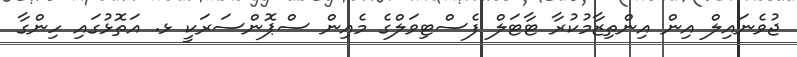
ޖުވެނައިލް އިން އިންތިޒާމުކުރާ ޓާޓަލް ފެސްޓިވަލްގެ މެއިން ސްޕޮންސަރަކީ ޅ. އަތޮޅުގައި ހިންގާ